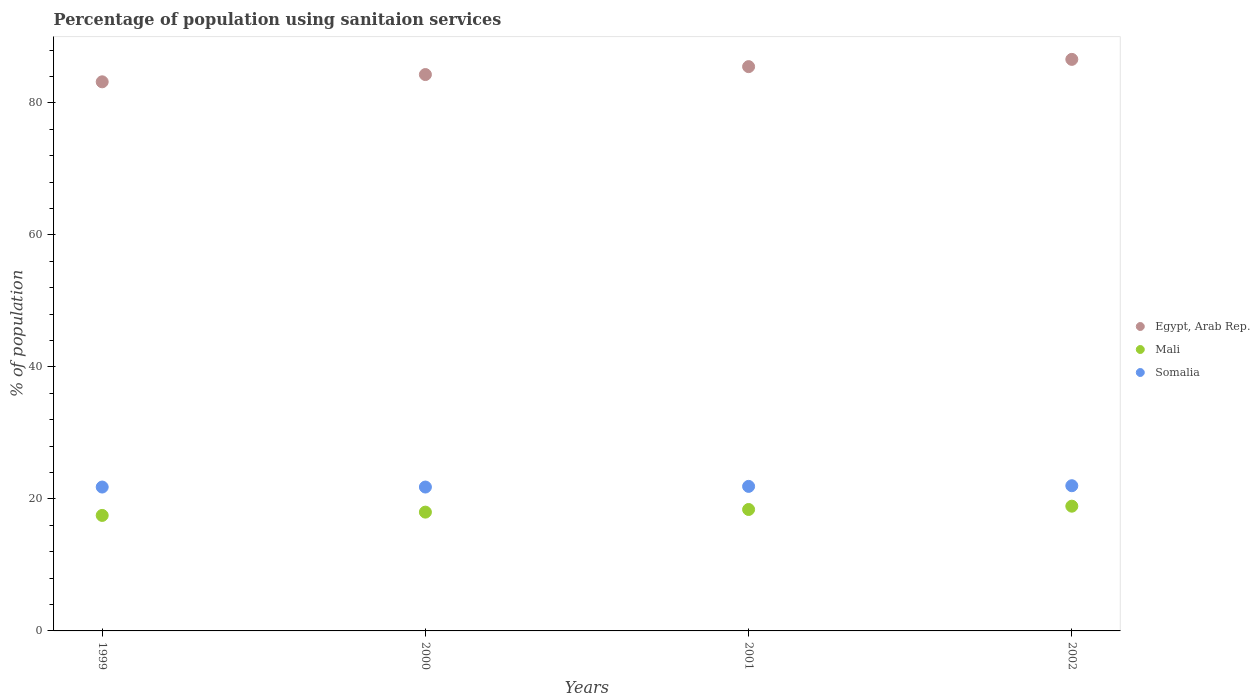
| Years | Egypt, Arab Rep. | Mali | Somalia |
 | --- | --- | --- | --- |
 | 1999 | 83.2 | 17.5 | 21.8 |
 | 2000 | 84.3 | 18 | 21.8 |
 | 2001 | 85.5 | 18.4 | 21.9 |
 | 2002 | 86.6 | 18.9 | 22 |